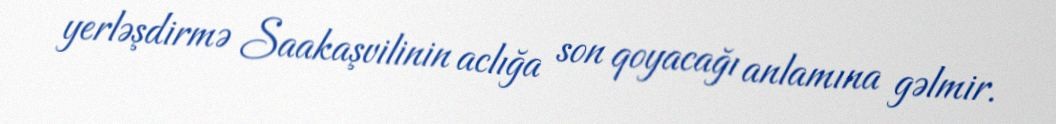
yerləşdirmə Saakaşvilinin aclığa son qoyacağı anlamına gəlmir.